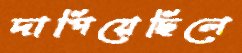
দাপিয়েছিলে